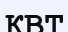
КВТ